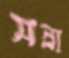
সন্না